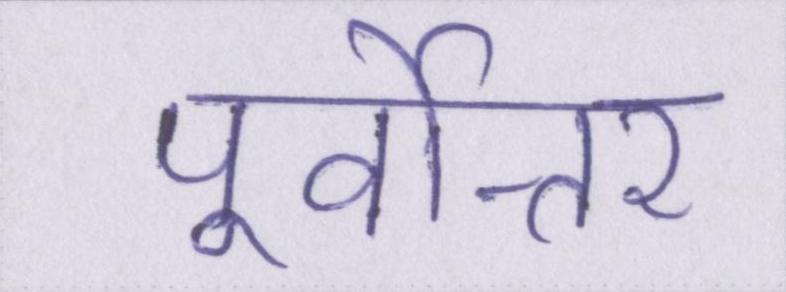
पूर्वोत्तर